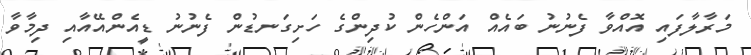
މަރާލާފައި އޮއްވާ ފެނުނު ބައެއް އަންހެން ކުދިންގެ ހަށިގަނޑުން ފެނުނު ޑީއެންއޭއާއި ދިމާވާ